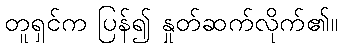
တူရှင်က ပြန်၍ နှုတ်ဆက်လိုက်၏။